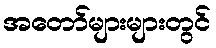
အတော်များများတွင်